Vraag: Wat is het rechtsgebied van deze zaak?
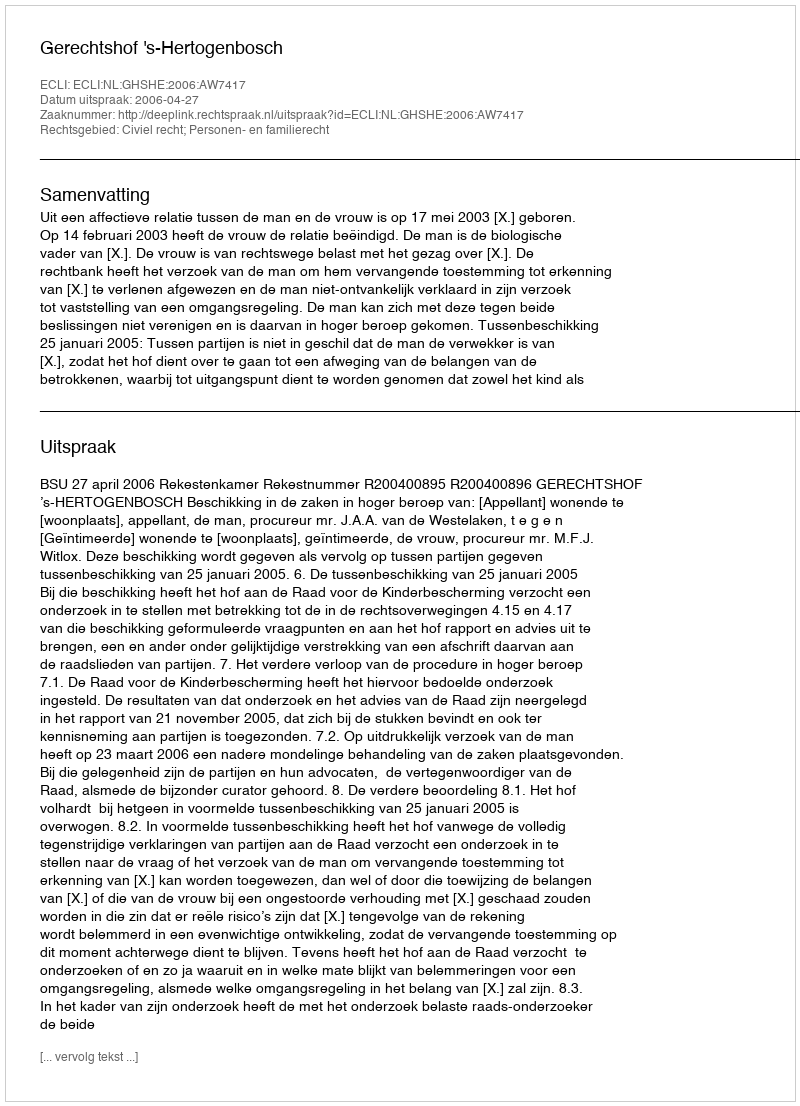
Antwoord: Civiel recht; Personen- en familierecht